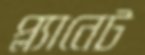
প্ল্যানেট